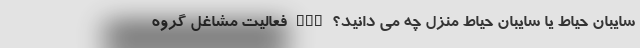
سایبان حیاط یا سایبان حیاط منزل چه می دانید؟ nan فعالیت مشاغل گروه